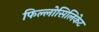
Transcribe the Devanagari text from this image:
फिल्लोसिलिकेट